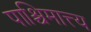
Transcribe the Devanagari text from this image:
पाश्चिमात्त्य